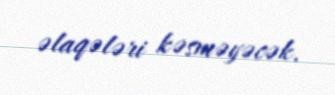
əlaqələri kəsməyəcək.